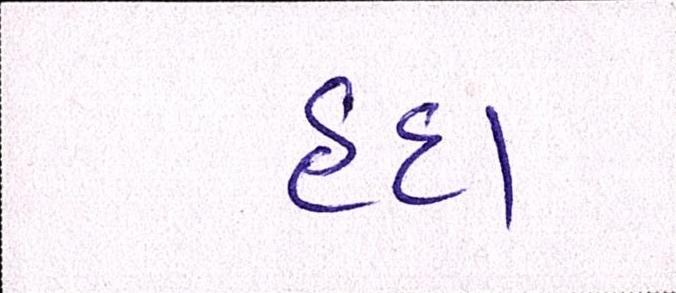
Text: હૃદા